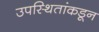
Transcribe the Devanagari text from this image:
उपस्थितांकडून